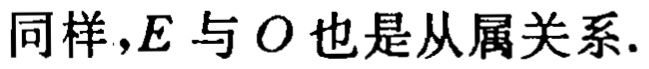
同样，$E$ 与 $O$ 也是从属关系.